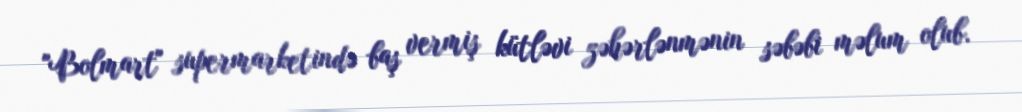
"Bolmart" supermarketində baş vermiş kütləvi zəhərlənmənin səbəbi məlum olub.